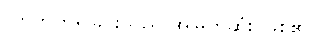
လာဘ်ကိုရခြင်းသည် အမြတ်ဆုံး ဖြစ်၏။